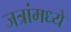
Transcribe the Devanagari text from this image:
जत्रांमध्ये